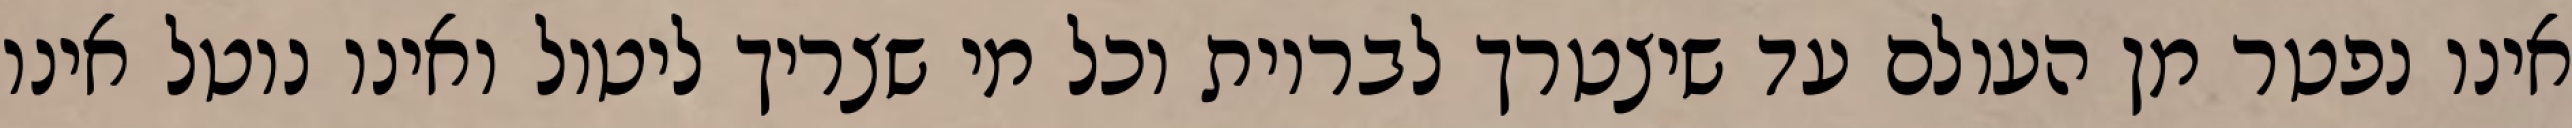
אינו נפטר מן העולם עד שיצטרך לבריות וכל מי שצריך ליטול ואינו נוטל אינו